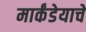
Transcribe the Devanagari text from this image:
मार्कंडेयाचे